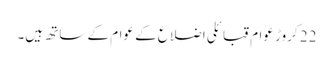
22 کروڑ عوام قبائلی اضلاع کے عوام کے ساتھ ہیں۔